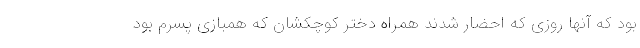
بود که آنها روزی که احضار شدند همراه دختر کوچکشان که همبازی پسرم بود